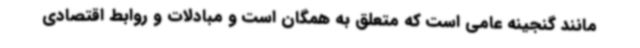
مانند گنجینه عامی است که متعلق به همگان است و مبادلات و روابط اقتصادی